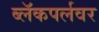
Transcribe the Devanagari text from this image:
ब्लॅकपर्लवर